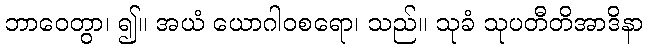
ဘာဝေတွာ၊ ၍။ အယံ ယောဂါဝစရော၊ သည်။ သုခံ သုပတီတိအာဒိနာ